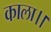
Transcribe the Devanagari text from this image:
काला।।